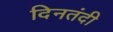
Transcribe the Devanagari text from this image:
दिनतंदी